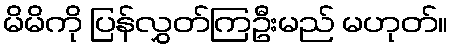
မိမိကို ပြန်လွှတ်ကြဦးမည် မဟုတ်။